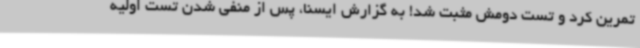
تمرین کرد و تست دومش مثبت شد! به گزارش ایسنا، پس از منفی شدن تست اولیه